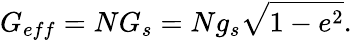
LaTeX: G_{eff}=NG_{s}=Ng_{s}\sqrt{1-e^{2}}.